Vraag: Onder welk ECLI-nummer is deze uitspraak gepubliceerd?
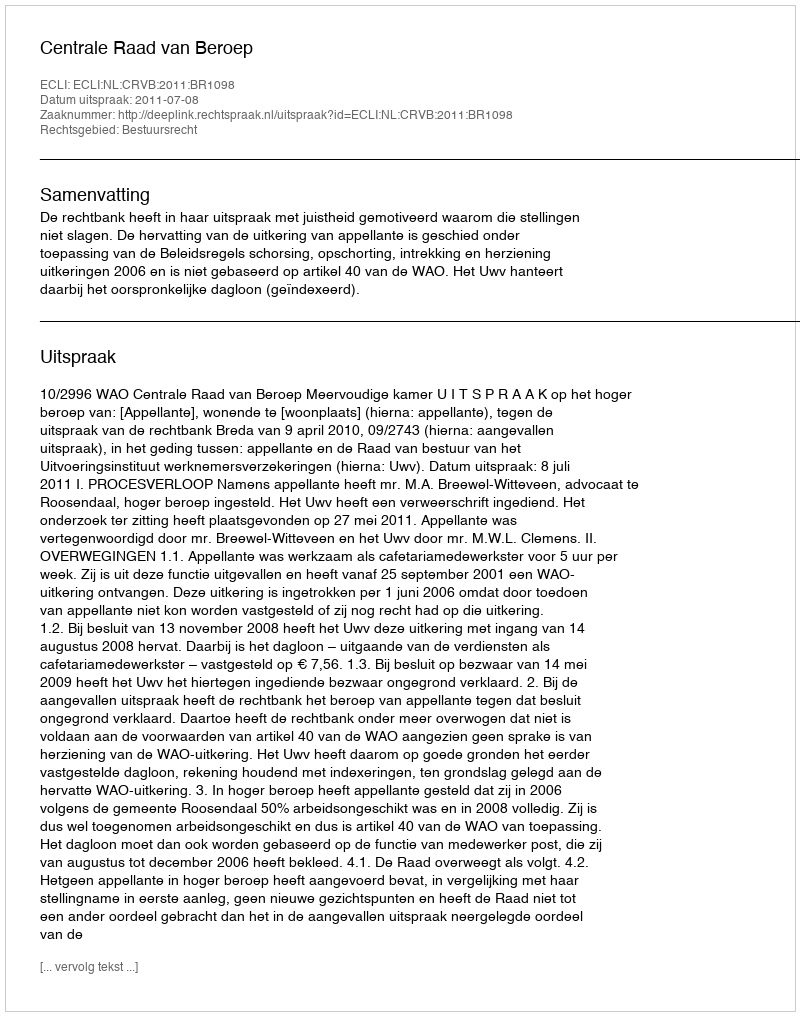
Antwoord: ECLI:NL:CRVB:2011:BR1098